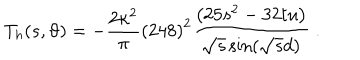
T _ { h } ( s , \vartheta ) = - \frac { 2 \kappa ^ { 2 } } { \pi } \left( 2 4 8 \right) ^ { 2 } \frac { \left( 2 5 s ^ { 2 } - 3 2 t u \right) } { \sqrt { s } \sin \left( \sqrt { s } d \right) } \; .